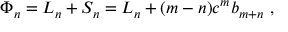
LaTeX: \Phi _ { n } = L _ { n } + S _ { n } = L _ { n } + ( m - n ) c ^ { m } b _ { m + n } ~ ,